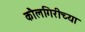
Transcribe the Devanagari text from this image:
कौलगिरीच्या